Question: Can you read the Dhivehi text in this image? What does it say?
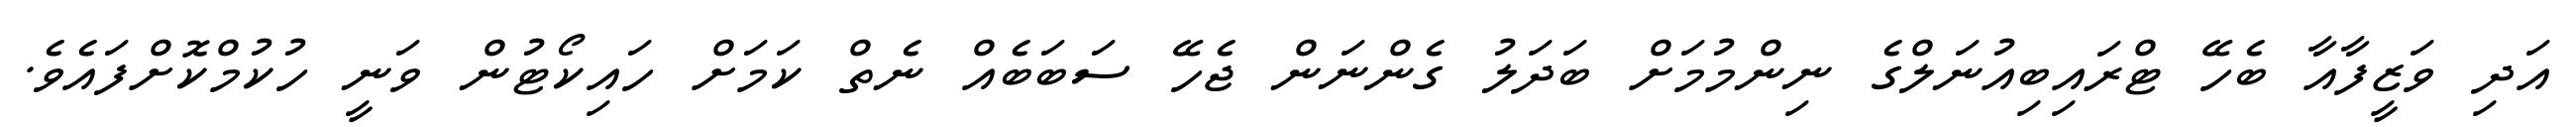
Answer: އަދި ވަޒީފާއާ ބެހޭ ޓްރައިބިއުނަލްގެ ނިންމުމަށް ބަދަލު ގެންނަން ޖެހޭ ސަބަބެއް ނެތް ކަމަށް ހައިކޯޓުން ވަނީ ހުކުމްކޮށްފައެވެ.